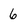
Character: 6